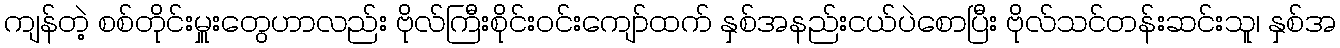
ကျန်တဲ့ စစ်တိုင်းမှူးတွေဟာလည်း ဗိုလ်ကြီးစိုင်းဝင်းကျော်ထက် နှစ်အနည်းငယ်ပဲစောပြီး ဗိုလ်သင်တန်းဆင်းသူ၊ နှစ်အ